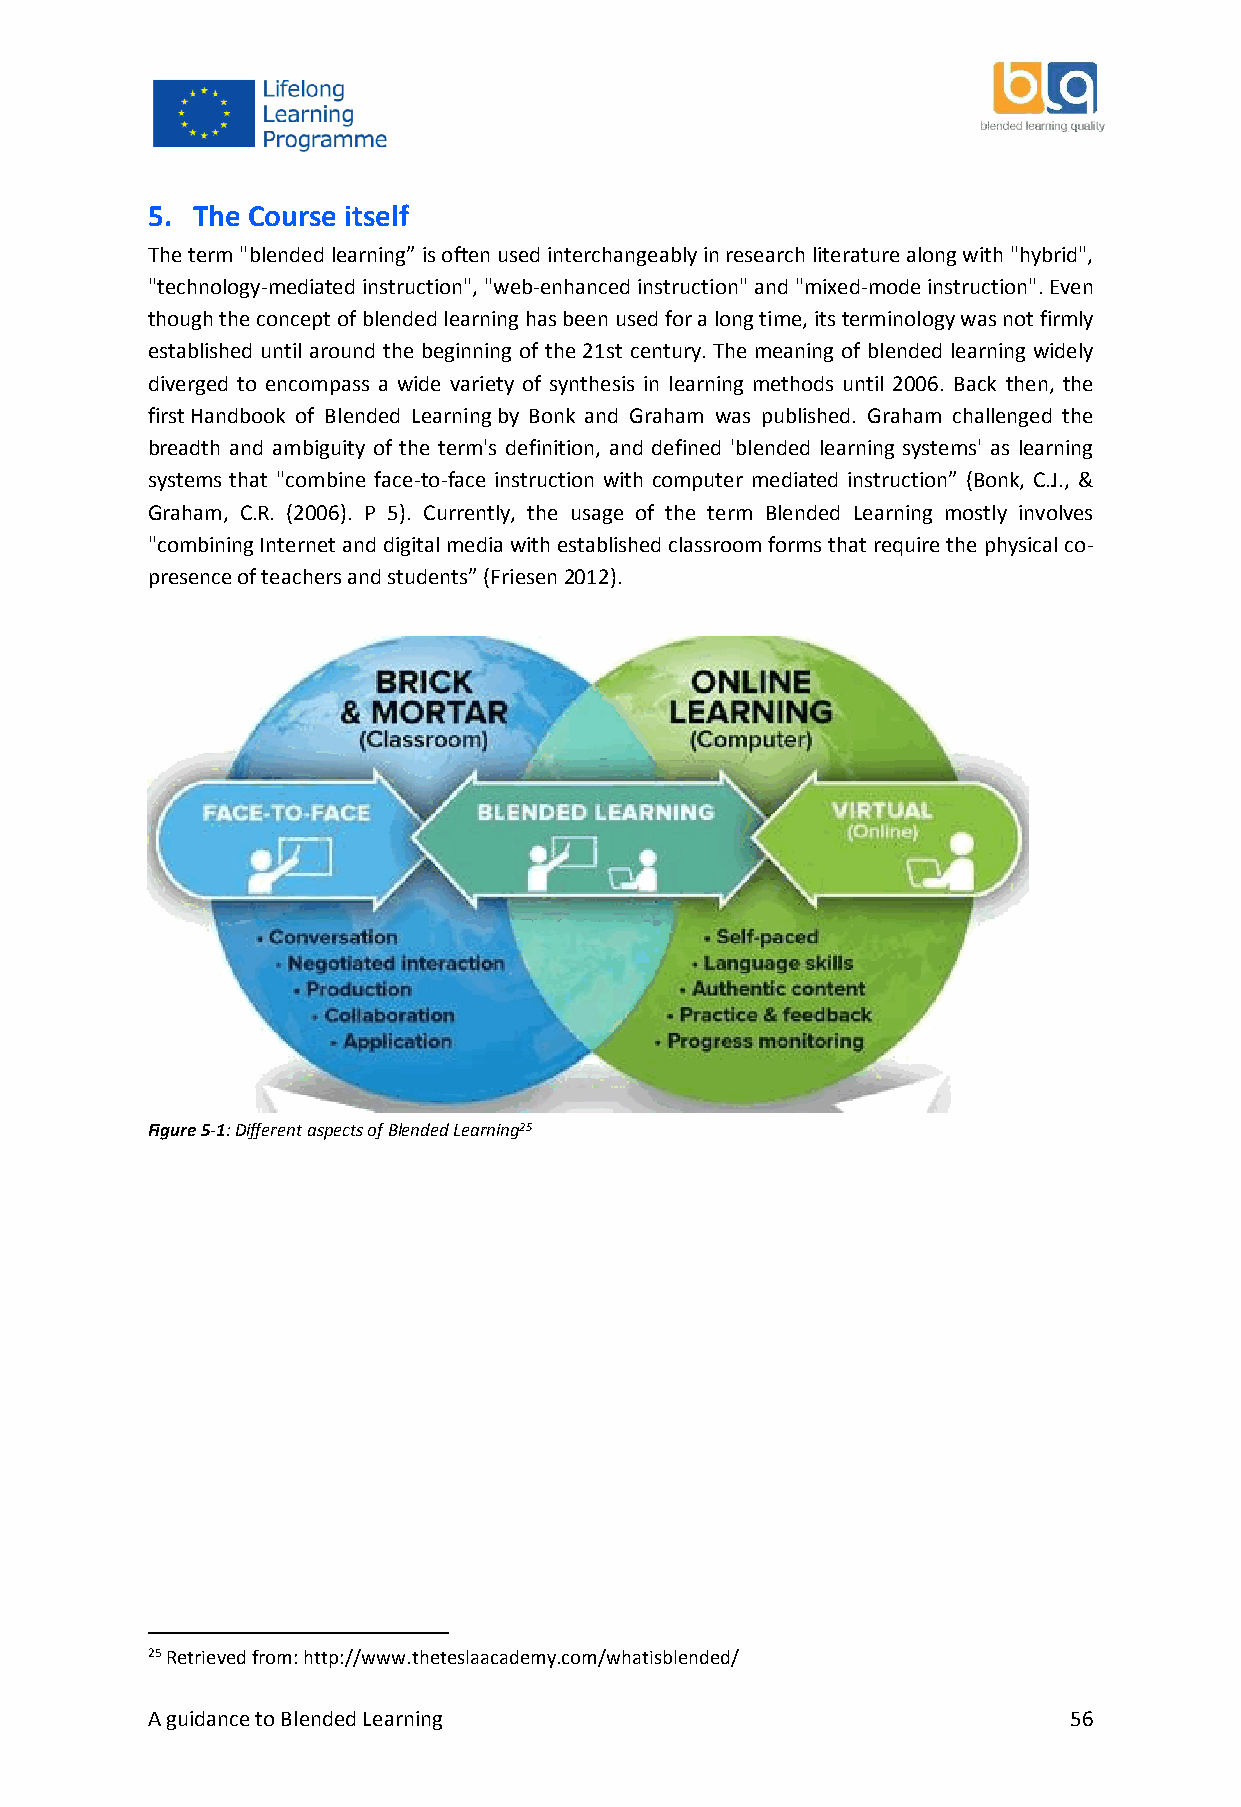
5. The Course itself
 The term "blended learning” is often used interchangeably in research literature along with "hybrid",
 "technology-mediated instruction", "web-enhanced instruction" and "mixed-mode instruction". Even
 though the concept of blended learning has been used for a long time, its terminology was not firmly
 established until around the beginning of the 21st century. The meaning of blended learning widely
 diverged to encompass a wide variety of synthesis in learning methods until 2006. Back then, the
 first Handbook of Blended Learning by Bonk and Graham was published. Graham challenged the
 breadth and ambiguity of the term's definition, and defined 'blended learning systems' as learning
 systems that "combine face-to-face instruction with computer mediated instruction” (Bonk, C.J., &
 Graham, C.R. (2006). P 5). Currently, the usage of the term Blended Learning mostly involves
 "combining Internet and digital media with established classroom forms that require the physical co-
 presence of teachers and students” (Friesen 2012).
 Figure 5-1: Different aspects of Blended Learning25
 25 Retrieved from: http://www.theteslaacademy.com/whatisblended/
 A guidance to Blended Learning                               56